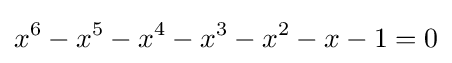
x^{6}-x^{5}-x^{4}-x^{3}-x^{2}-x-1=0